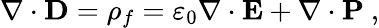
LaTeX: \nabla\cdot\mathbf{D}=\rho_{f}=\varepsilon_{0}\nabla\cdot\mathbf{E}+\nabla\cdot\mathbf{P}\ ,